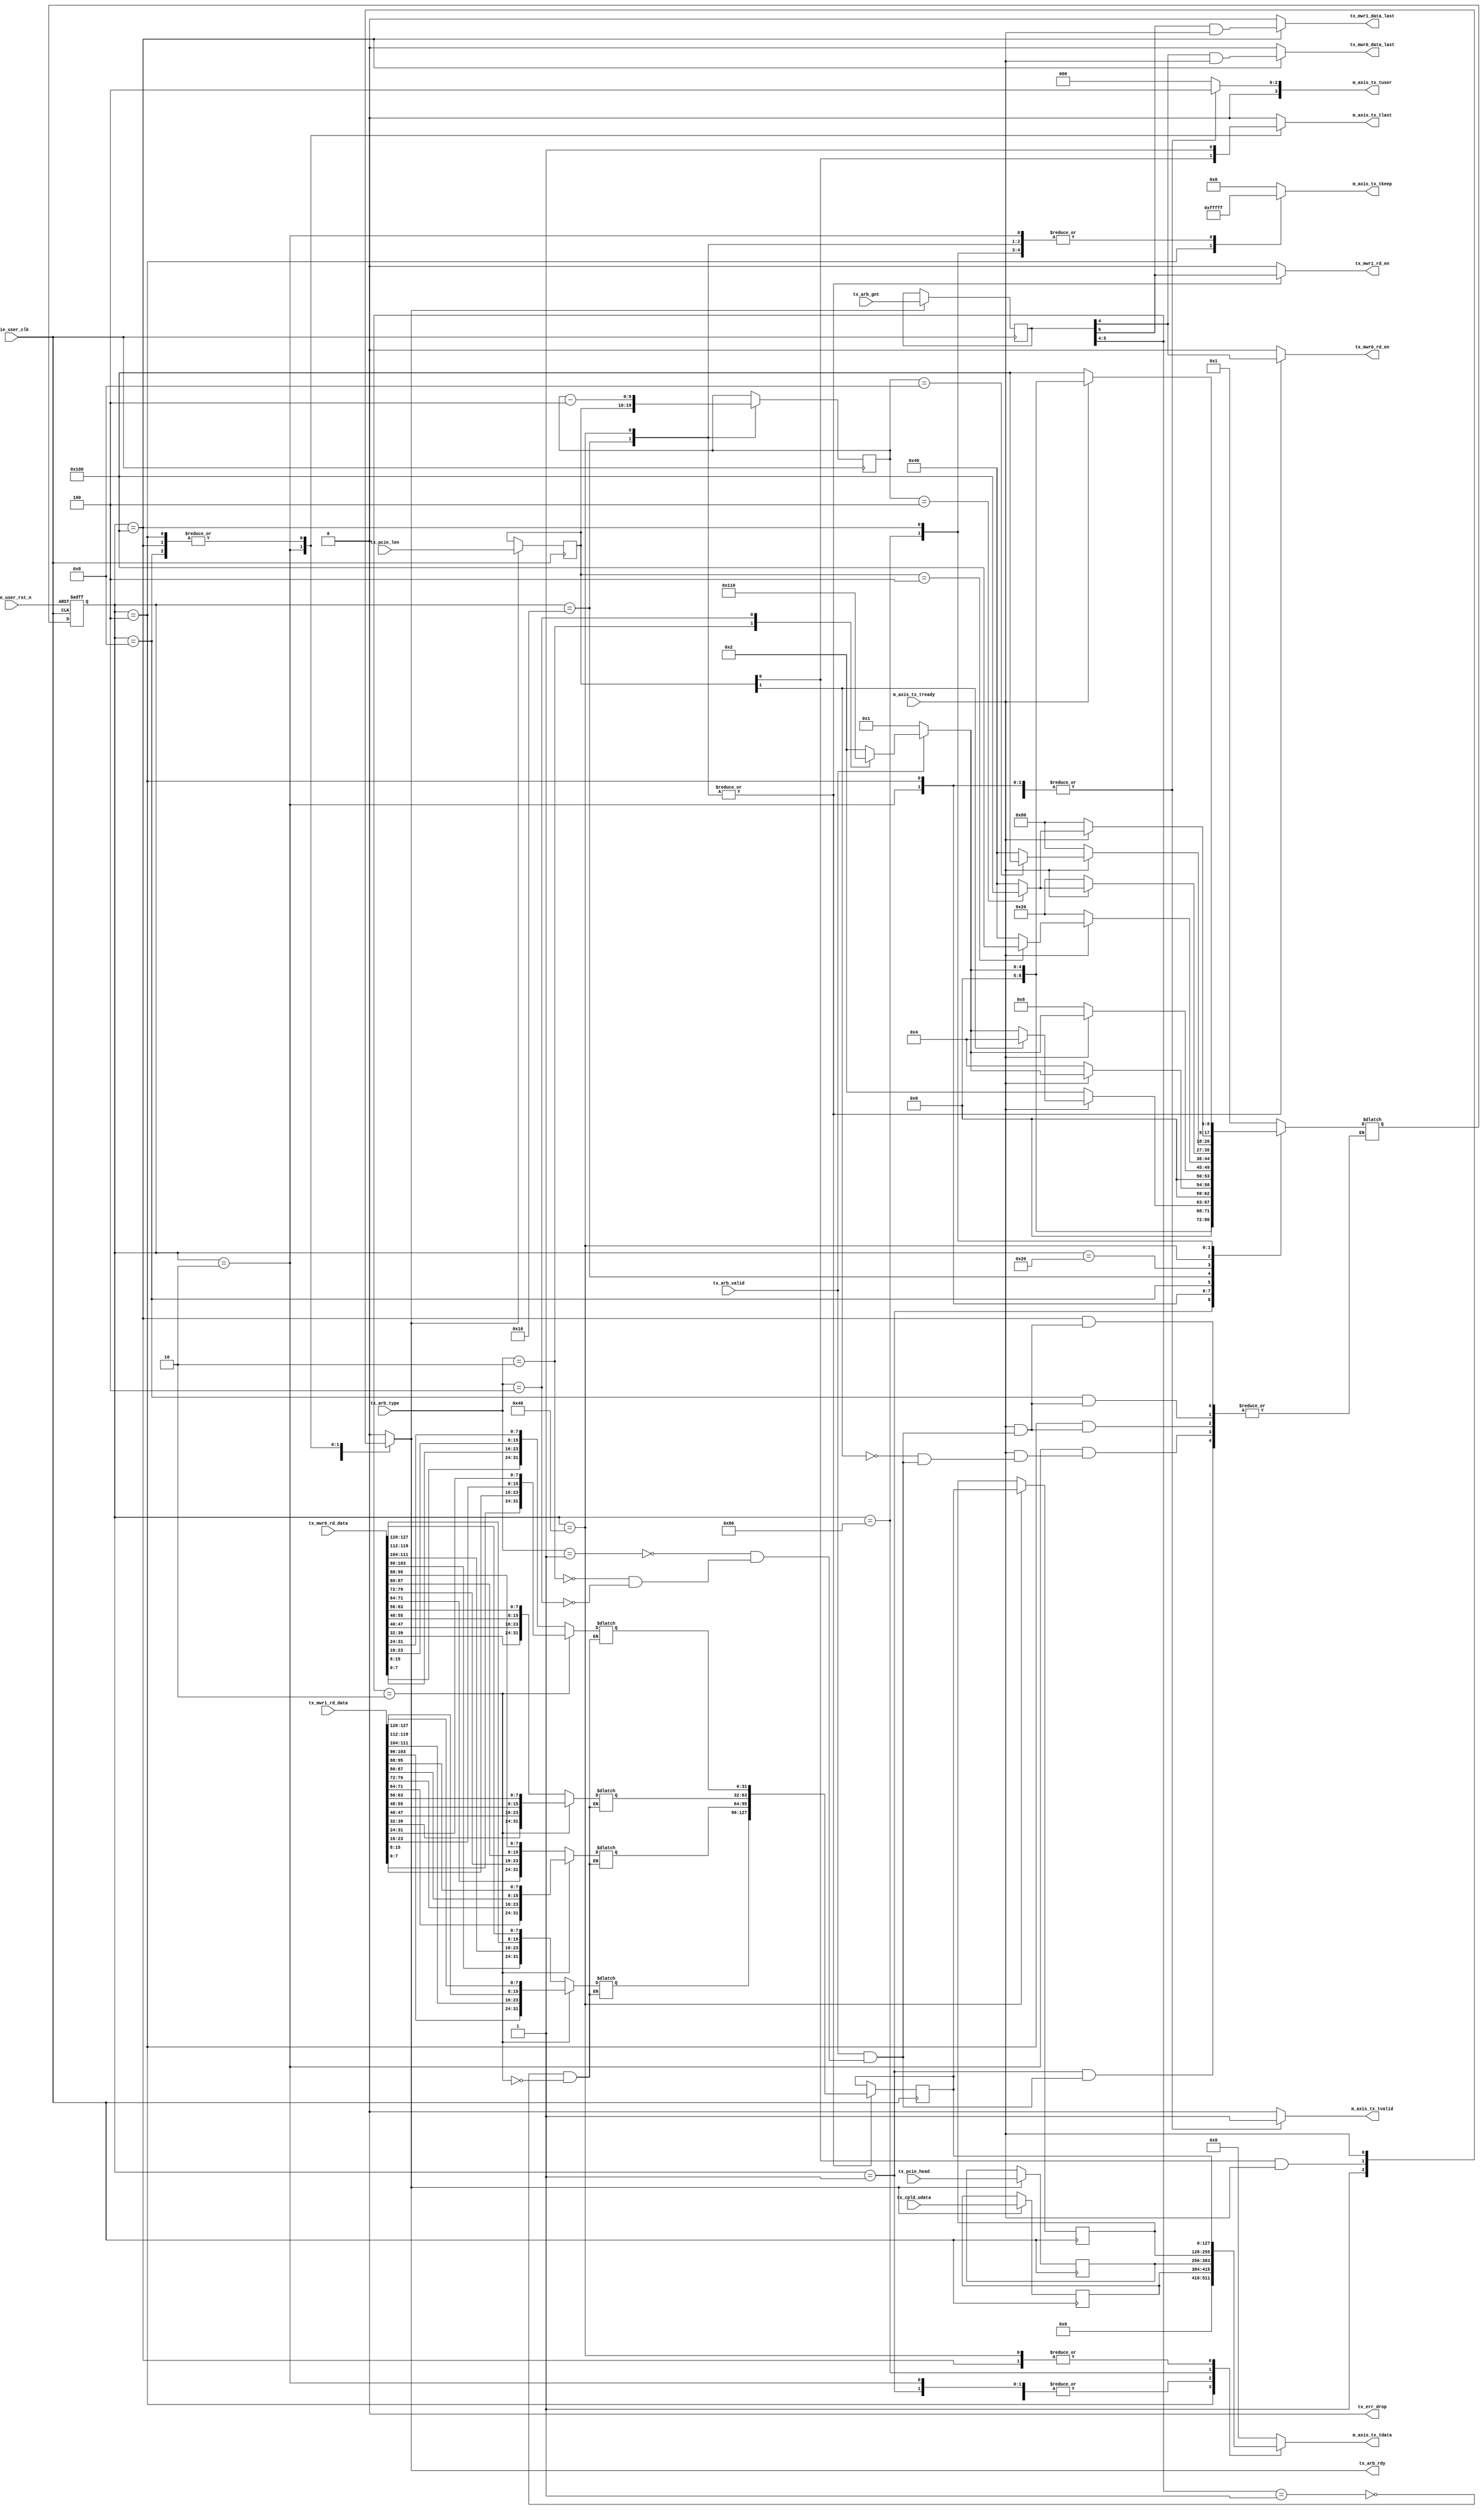

/*
----------------------------------------------------------------------------------
Copyright (c) 2013-2014

  Embedded and Network Computing Lab.
  Open SSD Project
  Hanyang University

All rights reserved.

----------------------------------------------------------------------------------

Redistribution and use in source and binary forms, with or without
modification, are permitted provided that the following conditions are
met:

  1. Redistributions of source code must retain the above copyright
     notice, this list of conditions and the following disclaimer.

  2. Redistributions in binary form must reproduce the above copyright
     notice, this list of conditions and the following disclaimer in the
     documentation and/or other materials provided with the distribution.

  3. All advertising materials mentioning features or use of this source code
     must display the following acknowledgement:
     This product includes source code developed 
     by the Embedded and Network Computing Lab. and the Open SSD Project.

THIS SOFTWARE IS PROVIDED BY THE COPYRIGHT HOLDERS AND CONTRIBUTORS "AS IS" AND
ANY EXPRESS OR IMPLIED WARRANTIES, INCLUDING, BUT NOT LIMITED TO, THE IMPLIED
WARRANTIES OF MERCHANTABILITY AND FITNESS FOR A PARTICULAR PURPOSE ARE
DISCLAIMED. IN NO EVENT SHALL THE COPYRIGHT OWNER OR CONTRIBUTORS BE LIABLE FOR
ANY DIRECT, INDIRECT, INCIDENTAL, SPECIAL, EXEMPLARY, OR CONSEQUENTIAL DAMAGES
(INCLUDING, BUT NOT LIMITED TO, PROCUREMENT OF SUBSTITUTE GOODS OR SERVICES;
LOSS OF USE, DATA, OR PROFITS; OR BUSINESS INTERRUPTION) HOWEVER CAUSED AND
ON ANY THEORY OF LIABILITY, WHETHER IN CONTRACT, STRICT LIABILITY, OR TORT
(INCLUDING NEGLIGENCE OR OTHERWISE) ARISING IN ANY WAY OUT OF THE USE OF THIS
SOFTWARE, EVEN IF ADVISED OF THE POSSIBILITY OF SUCH DAMAGE.

----------------------------------------------------------------------------------

http://enclab.hanyang.ac.kr/
http://www.openssd-project.org/
http://www.hanyang.ac.kr/

----------------------------------------------------------------------------------
*/


`timescale 1ns / 1ps


module pcie_tx_tran # (
	parameter	C_PCIE_DATA_WIDTH			= 128
)
(
	input									pcie_user_clk,
	input									pcie_user_rst_n,

	output									tx_err_drop,

//pcie tx signal
	input									m_axis_tx_tready,
	output	[C_PCIE_DATA_WIDTH-1:0]			m_axis_tx_tdata,
	output	[(C_PCIE_DATA_WIDTH/8)-1:0]		m_axis_tx_tkeep,
	output	[3:0]							m_axis_tx_tuser,
	output									m_axis_tx_tlast,
	output									m_axis_tx_tvalid,

	input									tx_arb_valid,
	input	[5:0]							tx_arb_gnt,
	input	[2:0]							tx_arb_type,
	input	[11:2]							tx_pcie_len,
	input	[127:0]							tx_pcie_head,
	input	[31:0]							tx_cpld_udata,
	output									tx_arb_rdy,

	output									tx_mwr0_rd_en,
	input	[C_PCIE_DATA_WIDTH-1:0]			tx_mwr0_rd_data,
	output									tx_mwr0_data_last,

	output									tx_mwr1_rd_en,
	input	[C_PCIE_DATA_WIDTH-1:0]			tx_mwr1_rd_data,
	output									tx_mwr1_data_last
);

localparam	S_TX_IDLE						= 9'b000000001;
localparam	S_TX_CPLD_HEAD					= 9'b000000010;
localparam	S_TX_CPLD_DATA					= 9'b000000100;
localparam	S_TX_MRD_HEAD					= 9'b000001000;
localparam	S_TX_MWR_HEAD					= 9'b000010000;
localparam	S_TX_MWR_HEAD_WAIT				= 9'b000100000;
localparam	S_TX_MWR_DATA					= 9'b001000000;
localparam	S_TX_MWR_WAIT					= 9'b010000000;
localparam	S_TX_MWR_DATA_LAST				= 9'b100000000;

reg		[8:0]								cur_state;
reg		[8:0]								next_state;

reg		[C_PCIE_DATA_WIDTH-1:0]				r_m_axis_tx_tdata;
reg		[(C_PCIE_DATA_WIDTH/8)-1:0]			r_m_axis_tx_tkeep;
reg		[3:0]								r_m_axis_tx_tuser;
reg											r_m_axis_tx_tlast;
reg											r_m_axis_tx_tvalid;

reg		[5:0]								r_tx_arb_gnt;
reg		[11:2]								r_tx_pcie_len;
reg		[11:2]								r_tx_pcie_data_cnt;
reg		[C_PCIE_DATA_WIDTH-1:0]				r_tx_pcie_head;
reg		[31:0]								r_tx_cpld_udata;
reg											r_tx_arb_rdy;

reg		[C_PCIE_DATA_WIDTH-1:0]				r_tx_mwr_rd_data;
reg		[C_PCIE_DATA_WIDTH-1:0]				r_tx_mwr_data;
reg		[C_PCIE_DATA_WIDTH-1:0]				r_tx_mwr_data_d1;

reg											r_tx_mwr0_rd_en;
reg											r_tx_mwr0_data_last;
reg											r_tx_mwr1_rd_en;
reg											r_tx_mwr1_data_last;

assign m_axis_tx_tdata = r_m_axis_tx_tdata;
assign m_axis_tx_tkeep = r_m_axis_tx_tkeep;
assign m_axis_tx_tuser = r_m_axis_tx_tuser;
assign m_axis_tx_tlast = r_m_axis_tx_tlast;
assign m_axis_tx_tvalid = r_m_axis_tx_tvalid;

assign tx_err_drop = 1'b0;

assign tx_arb_rdy = r_tx_arb_rdy;

assign tx_mwr0_rd_en = r_tx_mwr0_rd_en;
assign tx_mwr0_data_last = r_tx_mwr0_data_last;
assign tx_mwr1_rd_en = r_tx_mwr1_rd_en;
assign tx_mwr1_data_last = r_tx_mwr1_data_last;

always @ (posedge pcie_user_clk or negedge pcie_user_rst_n)
begin
	if(pcie_user_rst_n == 0)
		cur_state <= S_TX_IDLE;
	else
		cur_state <= next_state;
end

always @ (*)
begin
	case(cur_state)
		S_TX_IDLE: begin
			if(tx_arb_valid == 1) begin
				case(tx_arb_type) // synthesis parallel_case full_case
					3'b001: next_state <= S_TX_CPLD_HEAD;
					3'b010: next_state <= S_TX_MRD_HEAD;
					3'b100: next_state <= S_TX_MWR_HEAD;
				endcase
			end
			else
				next_state <= S_TX_IDLE;
		end
		S_TX_CPLD_HEAD: begin
			if(m_axis_tx_tready == 1) begin
				if(r_tx_pcie_len[3] == 1)
					next_state <= S_TX_CPLD_DATA;
				else if(tx_arb_valid == 1) begin
					case(tx_arb_type) // synthesis parallel_case full_case
						3'b001: next_state <= S_TX_CPLD_HEAD;
						3'b010: next_state <= S_TX_MRD_HEAD;
						3'b100: next_state <= S_TX_MWR_HEAD;
					endcase
				end
				else
					next_state <= S_TX_IDLE;
			end
			else
				next_state <= S_TX_CPLD_HEAD;
		end
		S_TX_CPLD_DATA: begin
			if(m_axis_tx_tready == 1) begin
				if(tx_arb_valid == 1) begin
					case(tx_arb_type) // synthesis parallel_case full_case
						3'b001: next_state <= S_TX_CPLD_HEAD;
						3'b010: next_state <= S_TX_MRD_HEAD;
						3'b100: next_state <= S_TX_MWR_HEAD;
					endcase
				end
				else
					next_state <= S_TX_IDLE;
			end
			else
				next_state <= S_TX_CPLD_DATA;
		end
		S_TX_MRD_HEAD: begin
			if(m_axis_tx_tready == 1) begin
				if(tx_arb_valid == 1) begin
					case(tx_arb_type) // synthesis parallel_case full_case
						3'b001: next_state <= S_TX_CPLD_HEAD;
						3'b010: next_state <= S_TX_MRD_HEAD;
						3'b100: next_state <= S_TX_MWR_HEAD;
					endcase
				end
				else
					next_state <= S_TX_IDLE;
			end
			else
				next_state <= S_TX_MRD_HEAD;
		end
		S_TX_MWR_HEAD: begin
			if(m_axis_tx_tready == 1) begin
				if(r_tx_pcie_len == 4)
					next_state <= S_TX_MWR_DATA_LAST;
				else
					next_state <= S_TX_MWR_DATA;
			end
			else
				next_state <= S_TX_MWR_HEAD_WAIT;
		end
		S_TX_MWR_HEAD_WAIT: begin
			if(m_axis_tx_tready == 1) begin
				if(r_tx_pcie_data_cnt == 4)
					next_state <= S_TX_MWR_DATA_LAST;
				else
					next_state <= S_TX_MWR_DATA;
			end
			else
				next_state <= S_TX_MWR_HEAD_WAIT;
		end
		S_TX_MWR_DATA: begin
			if(m_axis_tx_tready == 1) begin
				if(r_tx_pcie_data_cnt == 8)
					next_state <= S_TX_MWR_DATA_LAST;
				else
					next_state <= S_TX_MWR_DATA;
			end
			else
				next_state <= S_TX_MWR_WAIT;
		end
		S_TX_MWR_WAIT: begin
			if(m_axis_tx_tready == 1) begin
				if(r_tx_pcie_data_cnt == 4)
					next_state <= S_TX_MWR_DATA_LAST;
				else
					next_state <= S_TX_MWR_DATA;
			end
			else
				next_state <= S_TX_MWR_WAIT;
		end
		S_TX_MWR_DATA_LAST: begin
			if(m_axis_tx_tready == 1) begin
				if(tx_arb_valid == 1) begin
					case(tx_arb_type) // synthesis parallel_case full_case
						3'b001: next_state <= S_TX_CPLD_HEAD;
						3'b010: next_state <= S_TX_MRD_HEAD;
						3'b100: next_state <= S_TX_MWR_HEAD;
					endcase
				end
				else
					next_state <= S_TX_IDLE;
			end
			else
				next_state <= S_TX_MWR_DATA_LAST;
		end
		default: begin
			next_state <= S_TX_IDLE;
		end
	endcase
end

always @ (*)
begin
	case(r_tx_arb_gnt[5:4]) // synthesis parallel_case full_case
		2'b01: begin
			r_tx_mwr_rd_data[31:0] <= {tx_mwr0_rd_data[7:0], tx_mwr0_rd_data[15:8], tx_mwr0_rd_data[23:16], tx_mwr0_rd_data[31:24]};
			r_tx_mwr_rd_data[63:32] <= {tx_mwr0_rd_data[39:32], tx_mwr0_rd_data[47:40], tx_mwr0_rd_data[55:48], tx_mwr0_rd_data[63:56]};
			r_tx_mwr_rd_data[95:64] <= {tx_mwr0_rd_data[71:64], tx_mwr0_rd_data[79:72], tx_mwr0_rd_data[87:80], tx_mwr0_rd_data[95:88]};
			r_tx_mwr_rd_data[127:96] <= {tx_mwr0_rd_data[103:96], tx_mwr0_rd_data[111:104], tx_mwr0_rd_data[119:112], tx_mwr0_rd_data[127:120]};
		end
		2'b10: begin
			r_tx_mwr_rd_data[31:0] <= {tx_mwr1_rd_data[7:0], tx_mwr1_rd_data[15:8], tx_mwr1_rd_data[23:16], tx_mwr1_rd_data[31:24]};
			r_tx_mwr_rd_data[63:32] <= {tx_mwr1_rd_data[39:32], tx_mwr1_rd_data[47:40], tx_mwr1_rd_data[55:48], tx_mwr1_rd_data[63:56]};
			r_tx_mwr_rd_data[95:64] <= {tx_mwr1_rd_data[71:64], tx_mwr1_rd_data[79:72], tx_mwr1_rd_data[87:80], tx_mwr1_rd_data[95:88]};
			r_tx_mwr_rd_data[127:96] <= {tx_mwr1_rd_data[103:96], tx_mwr1_rd_data[111:104], tx_mwr1_rd_data[119:112], tx_mwr1_rd_data[127:120]};
		end
	endcase
end

always @ (posedge pcie_user_clk)
begin
	if(r_tx_arb_rdy == 1) begin
		r_tx_arb_gnt <= tx_arb_gnt;
		r_tx_pcie_len <= tx_pcie_len;
		r_tx_pcie_head <= tx_pcie_head;
		r_tx_cpld_udata <= tx_cpld_udata;
	end
end

always @ (posedge pcie_user_clk)
begin
	case(cur_state)
		S_TX_IDLE: begin

		end
		S_TX_CPLD_HEAD: begin

		end
		S_TX_CPLD_DATA: begin

		end
		S_TX_MRD_HEAD: begin

		end
		S_TX_MWR_HEAD: begin
			r_tx_pcie_data_cnt <= r_tx_pcie_len;
			r_tx_mwr_data <= r_tx_mwr_rd_data;
		end
		S_TX_MWR_HEAD_WAIT: begin

		end
		S_TX_MWR_DATA: begin
			r_tx_pcie_data_cnt <= r_tx_pcie_data_cnt - 4;
			r_tx_mwr_data <= r_tx_mwr_rd_data;
			r_tx_mwr_data_d1 <= r_tx_mwr_data;
		end
		S_TX_MWR_WAIT: begin

		end
		S_TX_MWR_DATA_LAST: begin

		end
		default: begin
		end
	endcase
end


always @ (*)
begin
	case(cur_state)
		S_TX_IDLE: begin
			r_m_axis_tx_tdata <= r_tx_pcie_head;
			r_m_axis_tx_tkeep <= 16'h0000;
			r_m_axis_tx_tuser <= 4'b0000;
			r_m_axis_tx_tlast <= 0;
			r_m_axis_tx_tvalid <= 0;
			r_tx_arb_rdy <= 1;
			r_tx_mwr0_rd_en <= 0;
			r_tx_mwr0_data_last <= 0;
			r_tx_mwr1_rd_en <= 0;
			r_tx_mwr1_data_last <= 0;
		end
		S_TX_CPLD_HEAD: begin
			r_m_axis_tx_tdata <= r_tx_pcie_head;
			r_m_axis_tx_tkeep <= 16'hFFFF;
			r_m_axis_tx_tuser <= 4'b0100;
			r_m_axis_tx_tlast <= r_tx_pcie_len[2];
			r_m_axis_tx_tvalid <= 1;
			r_tx_arb_rdy <= r_tx_pcie_len[2] & m_axis_tx_tready;
			r_tx_mwr0_rd_en <= 0;
			r_tx_mwr0_data_last <= 0;
			r_tx_mwr1_rd_en <= 0;
			r_tx_mwr1_data_last <= 0;
		end
		S_TX_CPLD_DATA: begin
			r_m_axis_tx_tdata <= {96'h0, r_tx_cpld_udata};
			r_m_axis_tx_tkeep <= 16'h000F;
			r_m_axis_tx_tuser <= 4'b0100;
			r_m_axis_tx_tlast <= 1;
			r_m_axis_tx_tvalid <= 1;
			r_tx_arb_rdy <= m_axis_tx_tready;
			r_tx_mwr0_rd_en <= 0;
			r_tx_mwr0_data_last <= 0;
			r_tx_mwr1_rd_en <= 0;
			r_tx_mwr1_data_last <= 0;
		end
		S_TX_MRD_HEAD: begin
			r_m_axis_tx_tdata <= r_tx_pcie_head;
			r_m_axis_tx_tkeep <= 16'hFFFF;
			r_m_axis_tx_tuser <= 4'b0100;
			r_m_axis_tx_tlast <= 1;
			r_m_axis_tx_tvalid <= 1;
			r_tx_arb_rdy <= m_axis_tx_tready;
			r_tx_mwr0_rd_en <= 0;
			r_tx_mwr0_data_last <= 0;
			r_tx_mwr1_rd_en <= 0;
			r_tx_mwr1_data_last <= 0;
		end
		S_TX_MWR_HEAD: begin
			r_m_axis_tx_tdata <= r_tx_pcie_head;
			r_m_axis_tx_tkeep <= 16'hFFFF;
			r_m_axis_tx_tuser <= 4'b0100;
			r_m_axis_tx_tlast <= 0;
			r_m_axis_tx_tvalid <= 1;
			r_tx_arb_rdy <= 0;
			r_tx_mwr0_rd_en <= r_tx_arb_gnt[4];
			r_tx_mwr0_data_last <= 0;
			r_tx_mwr1_rd_en <= r_tx_arb_gnt[5];
			r_tx_mwr1_data_last <= 0;
		end
		S_TX_MWR_HEAD_WAIT: begin
			r_m_axis_tx_tdata <= r_tx_pcie_head;
			r_m_axis_tx_tkeep <= 16'hFFFF;
			r_m_axis_tx_tuser <= 4'b0100;
			r_m_axis_tx_tlast <= 0;
			r_m_axis_tx_tvalid <= 1;
			r_tx_arb_rdy <= 0;
			r_tx_mwr0_rd_en <= 0;
			r_tx_mwr0_data_last <= 0;
			r_tx_mwr1_rd_en <= 0;
			r_tx_mwr1_data_last <= 0;
		end
		S_TX_MWR_DATA: begin
			r_m_axis_tx_tdata <= r_tx_mwr_data;
			r_m_axis_tx_tkeep <= 16'hFFFF;
			r_m_axis_tx_tuser <= 4'b0100;
			r_m_axis_tx_tlast <= 0;
			r_m_axis_tx_tvalid <= 1;
			r_tx_arb_rdy <= 0;
			r_tx_mwr0_rd_en <= r_tx_arb_gnt[4];
			r_tx_mwr0_data_last <= 0;
			r_tx_mwr1_rd_en <= r_tx_arb_gnt[5];
			r_tx_mwr1_data_last <= 0;
		end
		S_TX_MWR_WAIT: begin
			r_m_axis_tx_tdata <= r_tx_mwr_data_d1;
			r_m_axis_tx_tkeep <= 16'hFFFF;
			r_m_axis_tx_tuser <= 4'b0100;
			r_m_axis_tx_tlast <= 0;
			r_m_axis_tx_tvalid <= 1;
			r_tx_arb_rdy <= 0;
			r_tx_mwr0_rd_en <= 0;
			r_tx_mwr0_data_last <= 0;
			r_tx_mwr1_rd_en <= 0;
			r_tx_mwr1_data_last <= 0;
		end
		S_TX_MWR_DATA_LAST: begin
			r_m_axis_tx_tdata <= r_tx_mwr_data;
			r_m_axis_tx_tkeep <= 16'hFFFF;
			r_m_axis_tx_tuser <= 4'b0100;
			r_m_axis_tx_tlast <= 1;
			r_m_axis_tx_tvalid <= 1;
			r_tx_arb_rdy <= m_axis_tx_tready;
			r_tx_mwr0_rd_en <= 0;
			r_tx_mwr0_data_last <= r_tx_arb_gnt[4] & m_axis_tx_tready;
			r_tx_mwr1_rd_en <= 0;
			r_tx_mwr1_data_last <= r_tx_arb_gnt[5] & m_axis_tx_tready;
		end
		default: begin
			r_m_axis_tx_tdata <= 128'b0;
			r_m_axis_tx_tkeep <= 16'h0000;
			r_m_axis_tx_tuser <= 4'b0000;
			r_m_axis_tx_tlast <= 0;
			r_m_axis_tx_tvalid <= 0;
			r_tx_arb_rdy <= 0;
			r_tx_mwr0_rd_en <= 0;
			r_tx_mwr0_data_last <= 0;
			r_tx_mwr1_rd_en <= 0;
			r_tx_mwr1_data_last <= 0;
		end
	endcase
end

endmodule